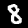
Label: 8